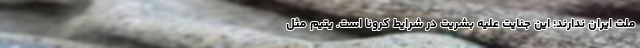
ملت ایران ندارند؛ این جنایت علیه بشریت در شرایط کرونا است. یتیم مثل